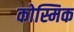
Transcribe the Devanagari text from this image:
कोस्मिक